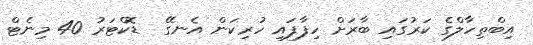
އިބްތިހާލްގެ ކަރުގައި ބާރަށް ހިފާފައި ހުރިކަން އެނގޭ  ޑޮކްޓަރު 40 މިނެޓް